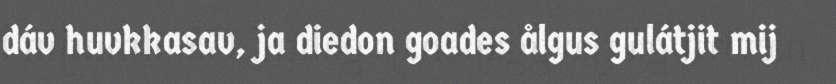
dáv huvkkasav, ja diedon goades ålgus gulátjit mij